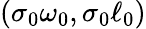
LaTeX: (\sigma_{0}\omega_{0},\sigma_{0}\ell_{0})